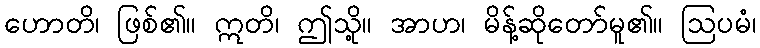
ဟောတိ၊ ဖြစ်၏။ ဣတိ၊ ဤသို့။ အာဟ၊ မိန့်ဆိုတော်မူ၏။ ဩပမံ၊